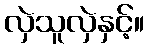
လှဲသူလှဲနှင့်။